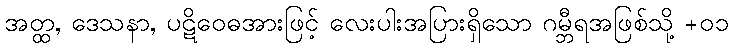
အတ္ထ, ဒေသနာ, ပဋိဝေဓအားဖြင့် လေးပါးအပြားရှိသော ဂမ္ဘီရအဖြစ်သို့ +၀၁